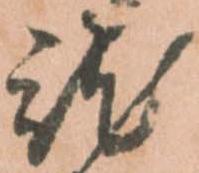
就